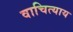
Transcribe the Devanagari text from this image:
वाचित्याय